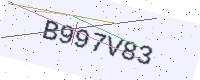
Text: B997V83